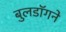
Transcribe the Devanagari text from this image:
बुलडॉगने